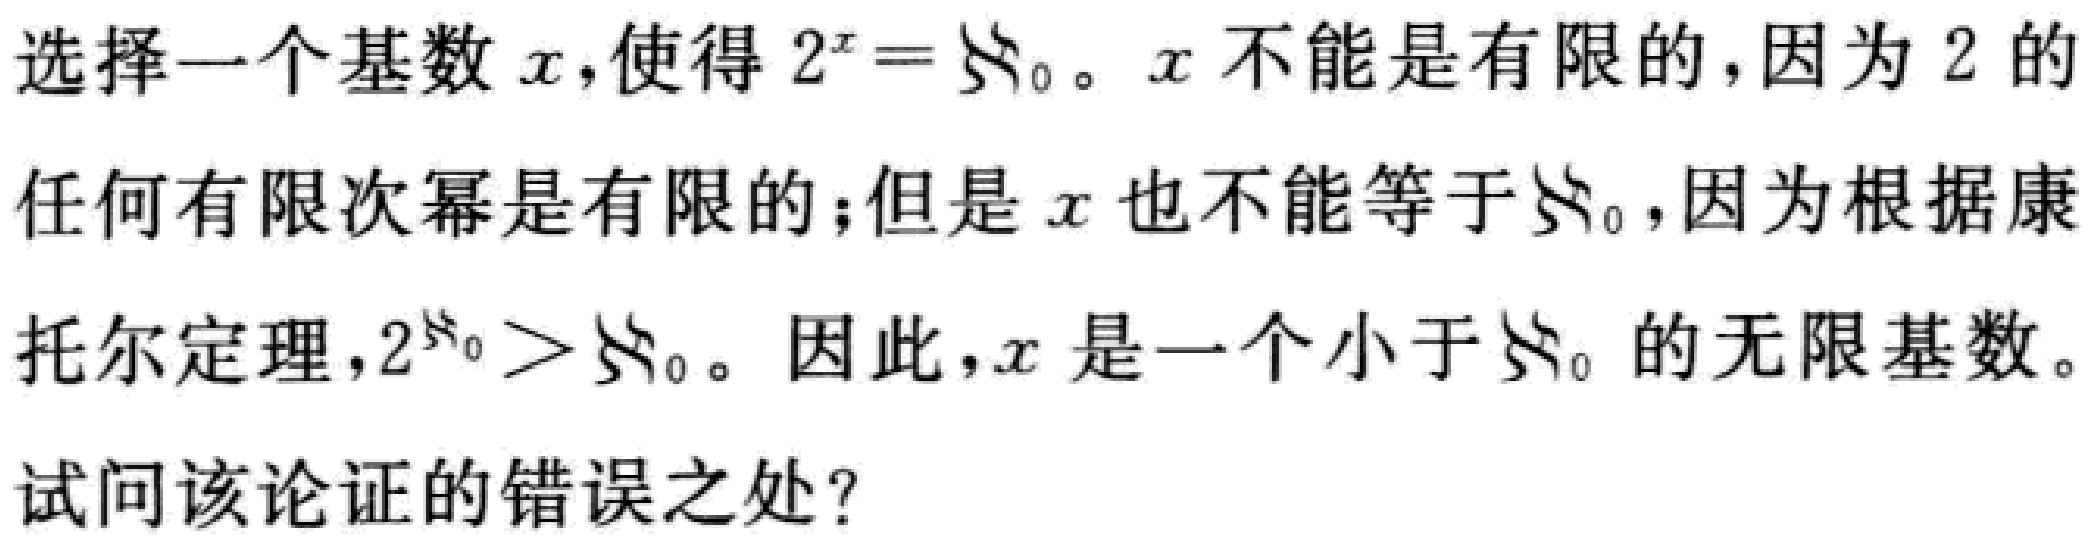
选择一个基数 \(x\)，使得 \(2^{x}=\aleph_{0}\)。\(x\) 不能是有限的，因为 \(2\) 的
任何有限次幂是有限的；但是 \(x\) 也不能等于 \(\aleph_{0}\)，因为根据康
托尔定理，\(2^{\aleph_{0}}>\aleph_{0}\)。因此，\(x\) 是一个小于 \(\aleph_{0}\) 的无限基数。

试问该论证的错误之处？